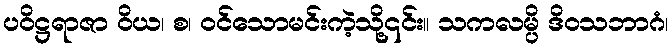
ပဝိဋ္ဌရာဇာ ဝိယ၊ စ၊ ဝင်သောမင်းကဲ့သို့၎င်း။ သကလမ္ပိ ဒိဝသဘာဂံ၊